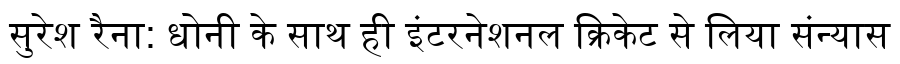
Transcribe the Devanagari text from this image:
सुरेश रैना: धोनी के साथ ही इंटरनेशनल क्रिकेट से लिया संन्यास